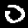
Label: 0